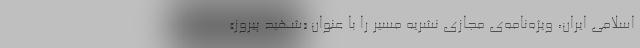
اسلامی ایران، ویژه‌نامه‌ی مجازی نشریه مسیر را با عنوان «شهید پیروز»